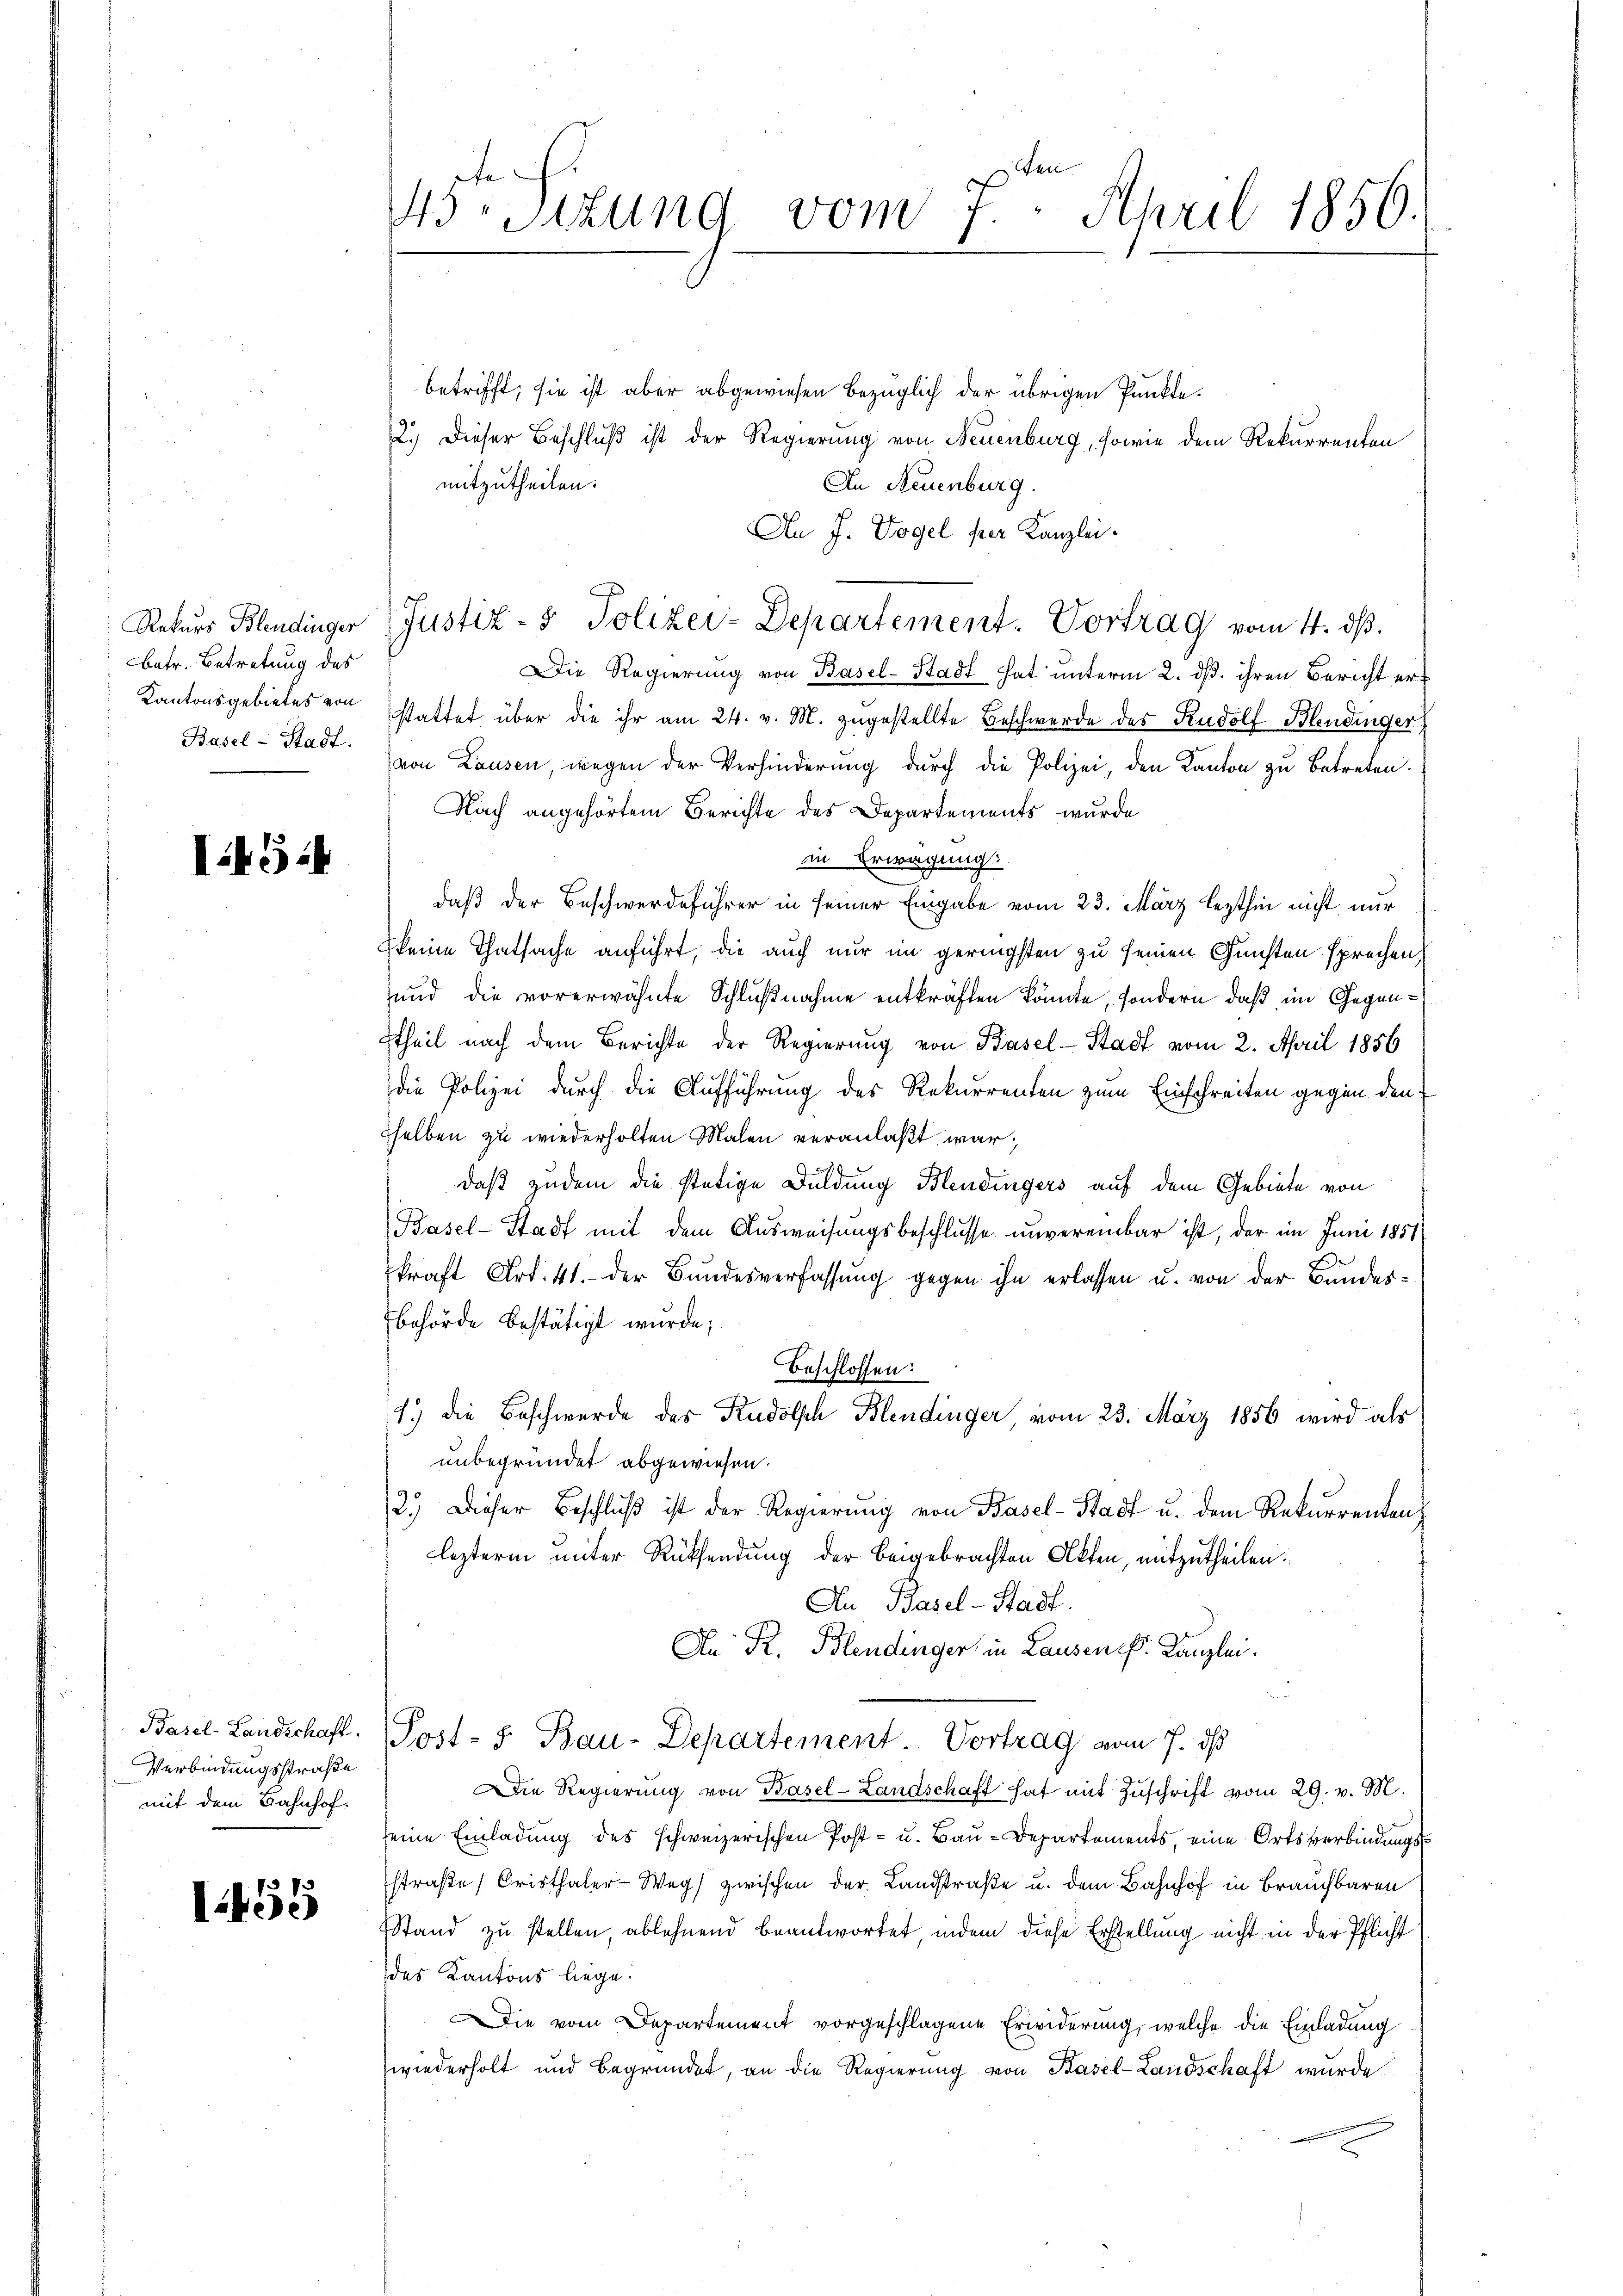
Rekurs Blendinger
betr. Betretung des
Kantonsgebietes von
Basel-Stadt.

I454

Basel-Landschaft.
Verbindungsstraße
mit dem Bahnhof.

1455

s
43.Sizung vom 7. April 1850.

betrifft, sie ist aber abgewiesen bezüglich der übrigen Punkte.
2.) Dieser Beschluß ist der Regierung von Neuenburg, sowie dem Rekurrenten
mitzutheilen.
An Neuenburg.
An J. Vogel per Kanzlei.
Die Regierung von Basel-Stadt hat unterm 2. ds. ihren Bericht ersstattet über die ihr am 24. v. M. zŭgestellte Beschwerde des Rudolf Blendinger
von Lausen, wegen der Verhinderung durch die Polizei, den Kanton zu betreten.
Nach angehörtem Berichte des Departements wurde
in Erwägungs
daß der Beschwerdeführer in seiner Eingabe vom 23. März lezthin nicht nur
keine Thatsache anführt, die auch nur im geringsten zu seinen Gunsten sprechen,
und die vorerwähnte Schlußnahme entkräften könnte, sondern, daß im Gegenttheil nach dem Berichte der Regierung von Basel-Stadt vom 2. April 1856
die Polizei durch die Aufführung des Rekurrenten zum Einschreiten gegen den
sselben zu wiederholten Malen veranlaßt war;
daß zudem die stätige Duldung Blendingers auf dem Gebiete von
Basel-Stadt mit dem Ausweisungsbeschlusse unvereinbar ist, der im Juni 1851
kraft Art. 41. der Bundesverfassung gegen ihn erlassen u. von der Bundes¬
Behörde bestätigt wurde;
Beschlossen:
1.) die Beschwerde des Rudolph Blendinger, vom 23. März 1856 wird als
unbegründet abgewiesen.
2.) Dieser Beschluß ist der Regierung von Basel-Stadt u. dem Rekurrenten
lezterm unter Rücksendung der beigebrachten Akten, mitzutheilen.
An Basel-Stadt.
An R. Blendinger in Lausenes Kanzlei.
i
Post- 5. Bau-Departement. Vortrag vom 7. ds
Die Regierŭng von Basel-Landschaft hat mit Zŭschrift vom 29. v. M.
eine Einladung des schweizerischen Post- u. Bau-Departements eine Ortsverbindungsstraße Cristhaler-Weg zwischen der Landstraße u. dem Bahnhof in Brauchbaren
Stand zu stellen, ablehnend beantwortet indem diese Erstellung nicht in der Pflicht
des Kantons liege.
Die vom Departement vorgeschlagene Erwiderung, welche die Einladung
wiederholt und begründet, an die Regierung von Basel-Landschaft wurde

Justiz- & Polizei-Departement. Vortrag vom 4. ds.